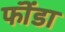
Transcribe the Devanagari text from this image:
फॊंडा